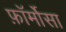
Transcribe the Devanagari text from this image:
फ़ॉर्मोसा